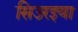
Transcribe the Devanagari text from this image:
सिउरइया